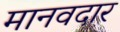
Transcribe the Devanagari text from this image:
मानवदार